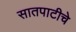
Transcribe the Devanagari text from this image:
सातपाटीचे